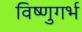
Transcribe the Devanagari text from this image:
विष्णुगर्भ